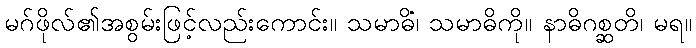
မဂ်ဖိုလ်၏အစွမ်းဖြင့်လည်းကောင်း။ သမာဓိံ၊ သမာဓိကို။ နာဓိဂစ္ဆတိ၊ မရ။